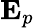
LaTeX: \textbf{E}_{p}